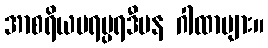
အာစရိယပရမ္ပရဒီပန ဂါထာများ။